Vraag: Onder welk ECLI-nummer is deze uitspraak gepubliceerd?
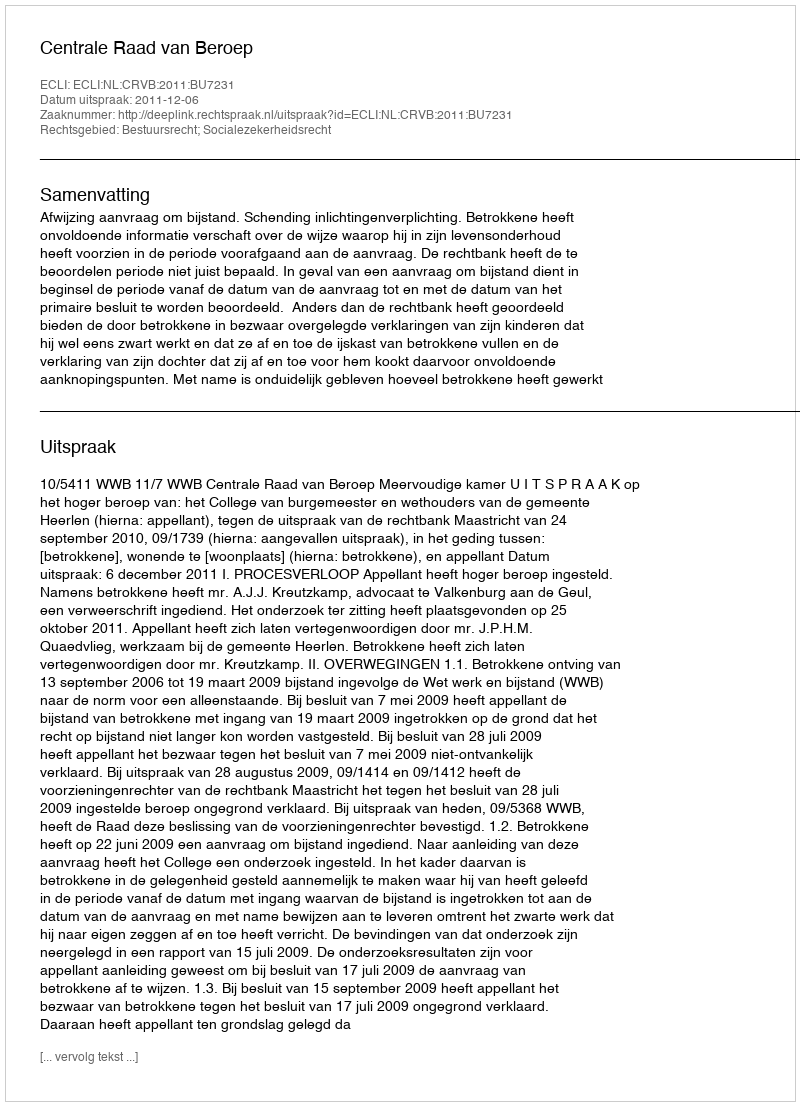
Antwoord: ECLI:NL:CRVB:2011:BU7231